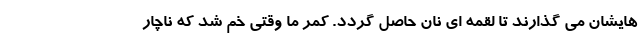
هایشان می گذارند تا لقمه ای نان حاصل گردد. کمر ما وقتی خم شد که ناچار